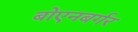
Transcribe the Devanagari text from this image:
बोएनबर्गर